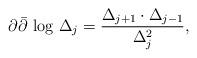
LaTeX: \begin{align*}\partial \bar{\partial }\mbox{ log }\Delta _j=\frac{\Delta _{j+1}\cdot \Delta _{j-1}}{\Delta _j^2},\end{align*}